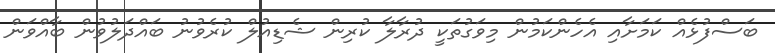
ބަސްފުޅެއް ކަމަށާއި އެހެންކަމުން މިވަގުތަކީ ދުރާލާ ކުރިން ޝެޑިއުލް ކުރެވުނު ބައްދަލުވުން ބާއްވަން